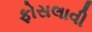
ફોસલાવી